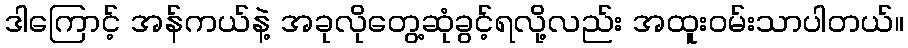
ဒါကြောင့် အန်ကယ်နဲ့ အခုလိုတွေ့ဆုံခွင့်ရလို့လည်း အထူးဝမ်းသာပါတယ်။